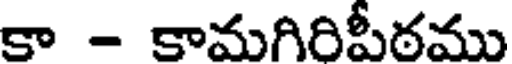
కా - కామగిరిపీఠము